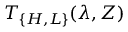
T _ { \{ H , L \} } ( \lambda , Z )